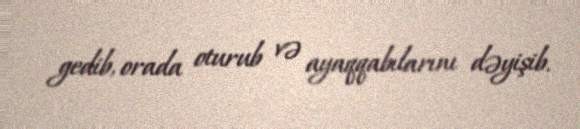
gedib, orada oturub və ayaqqabılarını dəyişib.